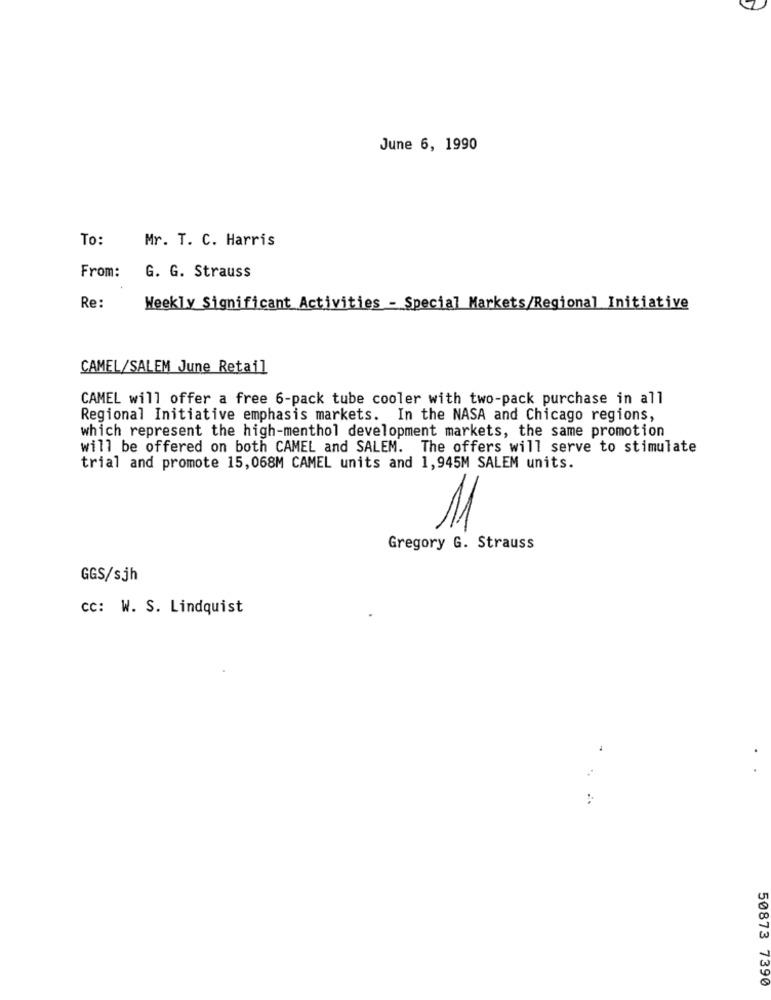
June 6, 1990
To:
Mr. T. C. Harris
From:
G. G. Strauss
Re:
Weekly Significant Activities - Special Markets/Regional Initiative
CAMEL/SALEM June Retail
CAMEL will offer a free 6-pack tube cooler with two-pack purchase in all
Regional Initiative emphasis markets. In the NASA and Chicago regions,
which represent the high-menthol development markets, the same promotion
will be offered on both CAMEL and SALEM. The offers will serve to stimulate
trial and promote 15,068M CAMEL units and 1,945M SALEM units.
11
Gregory G. Strauss
GGS/sjh
cc: W. S. Lindquist
50873 7390